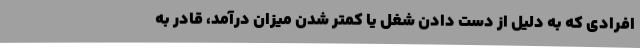
افرادی که به دلیل از دست دادن شغل یا کمتر شدن میزان درآمد، قادر به